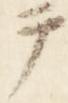
テ